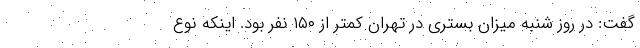
گفت: در روز شنبه میزان بستری در تهران کمتر از ۱۵۰ نفر بود. اینکه نوع